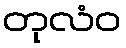
တုလံဝ